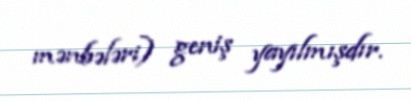
mənbələri) geniş yayılmışdır.